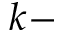
k -